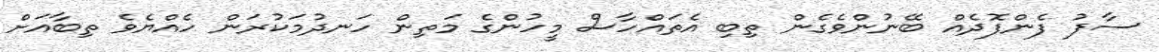
ސާފު ފެންފޮދެއް ބޭނުންވެގެން ތިބި އެތައްހާސް މީހުންގެ މަތިން ހަނދުމަކުރަން ހެއްޔެވެ ތިބާއަށް